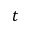
t